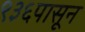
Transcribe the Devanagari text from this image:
९३६पासून